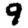
Digit: 9